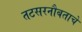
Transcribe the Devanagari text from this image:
तटसरनौबताचे